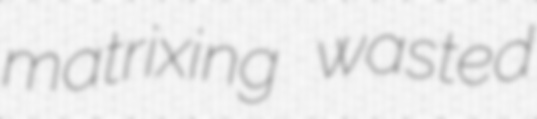
matrixing wasted